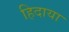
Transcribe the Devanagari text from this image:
हिदाया